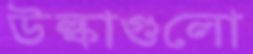
উল্কাগুলো